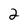
Character: 2